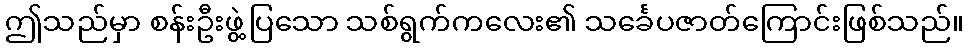
ဤသည်မှာ စန်းဦးဖွဲ့ပြသော သစ်ရွက်ကလေး၏ သင်္ခေပဇာတ်ကြောင်းဖြစ်သည်။